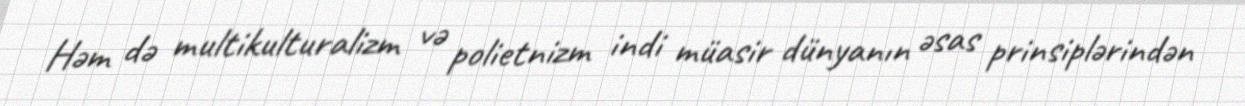
Həm də multikulturalizm və polietnizm indi müasir dünyanın əsas prinsiplərindən